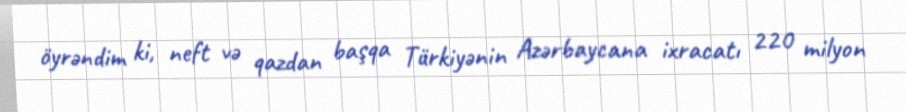
öyrəndim ki, neft və qazdan başqa Türkiyənin Azərbaycana ixracatı 220 milyon